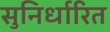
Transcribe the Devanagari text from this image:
सुनिर्धारित